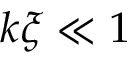
k \xi \ll 1